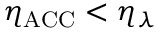
\eta _ { \mathrm { A C C } } < \eta _ { \lambda }